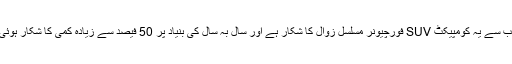
تب سے یہ کومپیکٹ SUV فورچیونر مسلسل زوال کا شکار ہے اور سال بہ سال کی بنیاد پر 50 فیصد سے زیادہ کمی کا شکار ہوئی۔